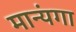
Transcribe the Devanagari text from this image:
मान्यंगा